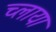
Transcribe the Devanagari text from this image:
च्लाया